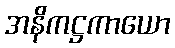
အနိကဋ္ဌကာယော